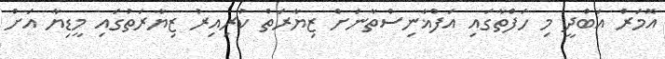
އޮމަރް އަބްދީ މި ހަފްތާގައި އަފްޣާނިސްތާނަށް ޒިޔާރަތް ކުރިއިރު ޒިޔާރަތުގައި މީޑިޔާ އަށް